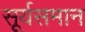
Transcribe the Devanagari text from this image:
सूर्यसमान